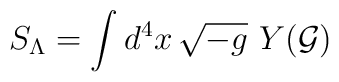
S_\Lambda=\int d^4x\,\sqrt{-g}\,\,Y(\cal G)